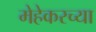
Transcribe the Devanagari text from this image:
मेहेकरच्या